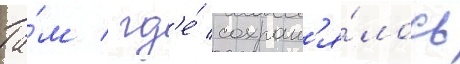
Та́м / гд'е́ сохран'я́лось